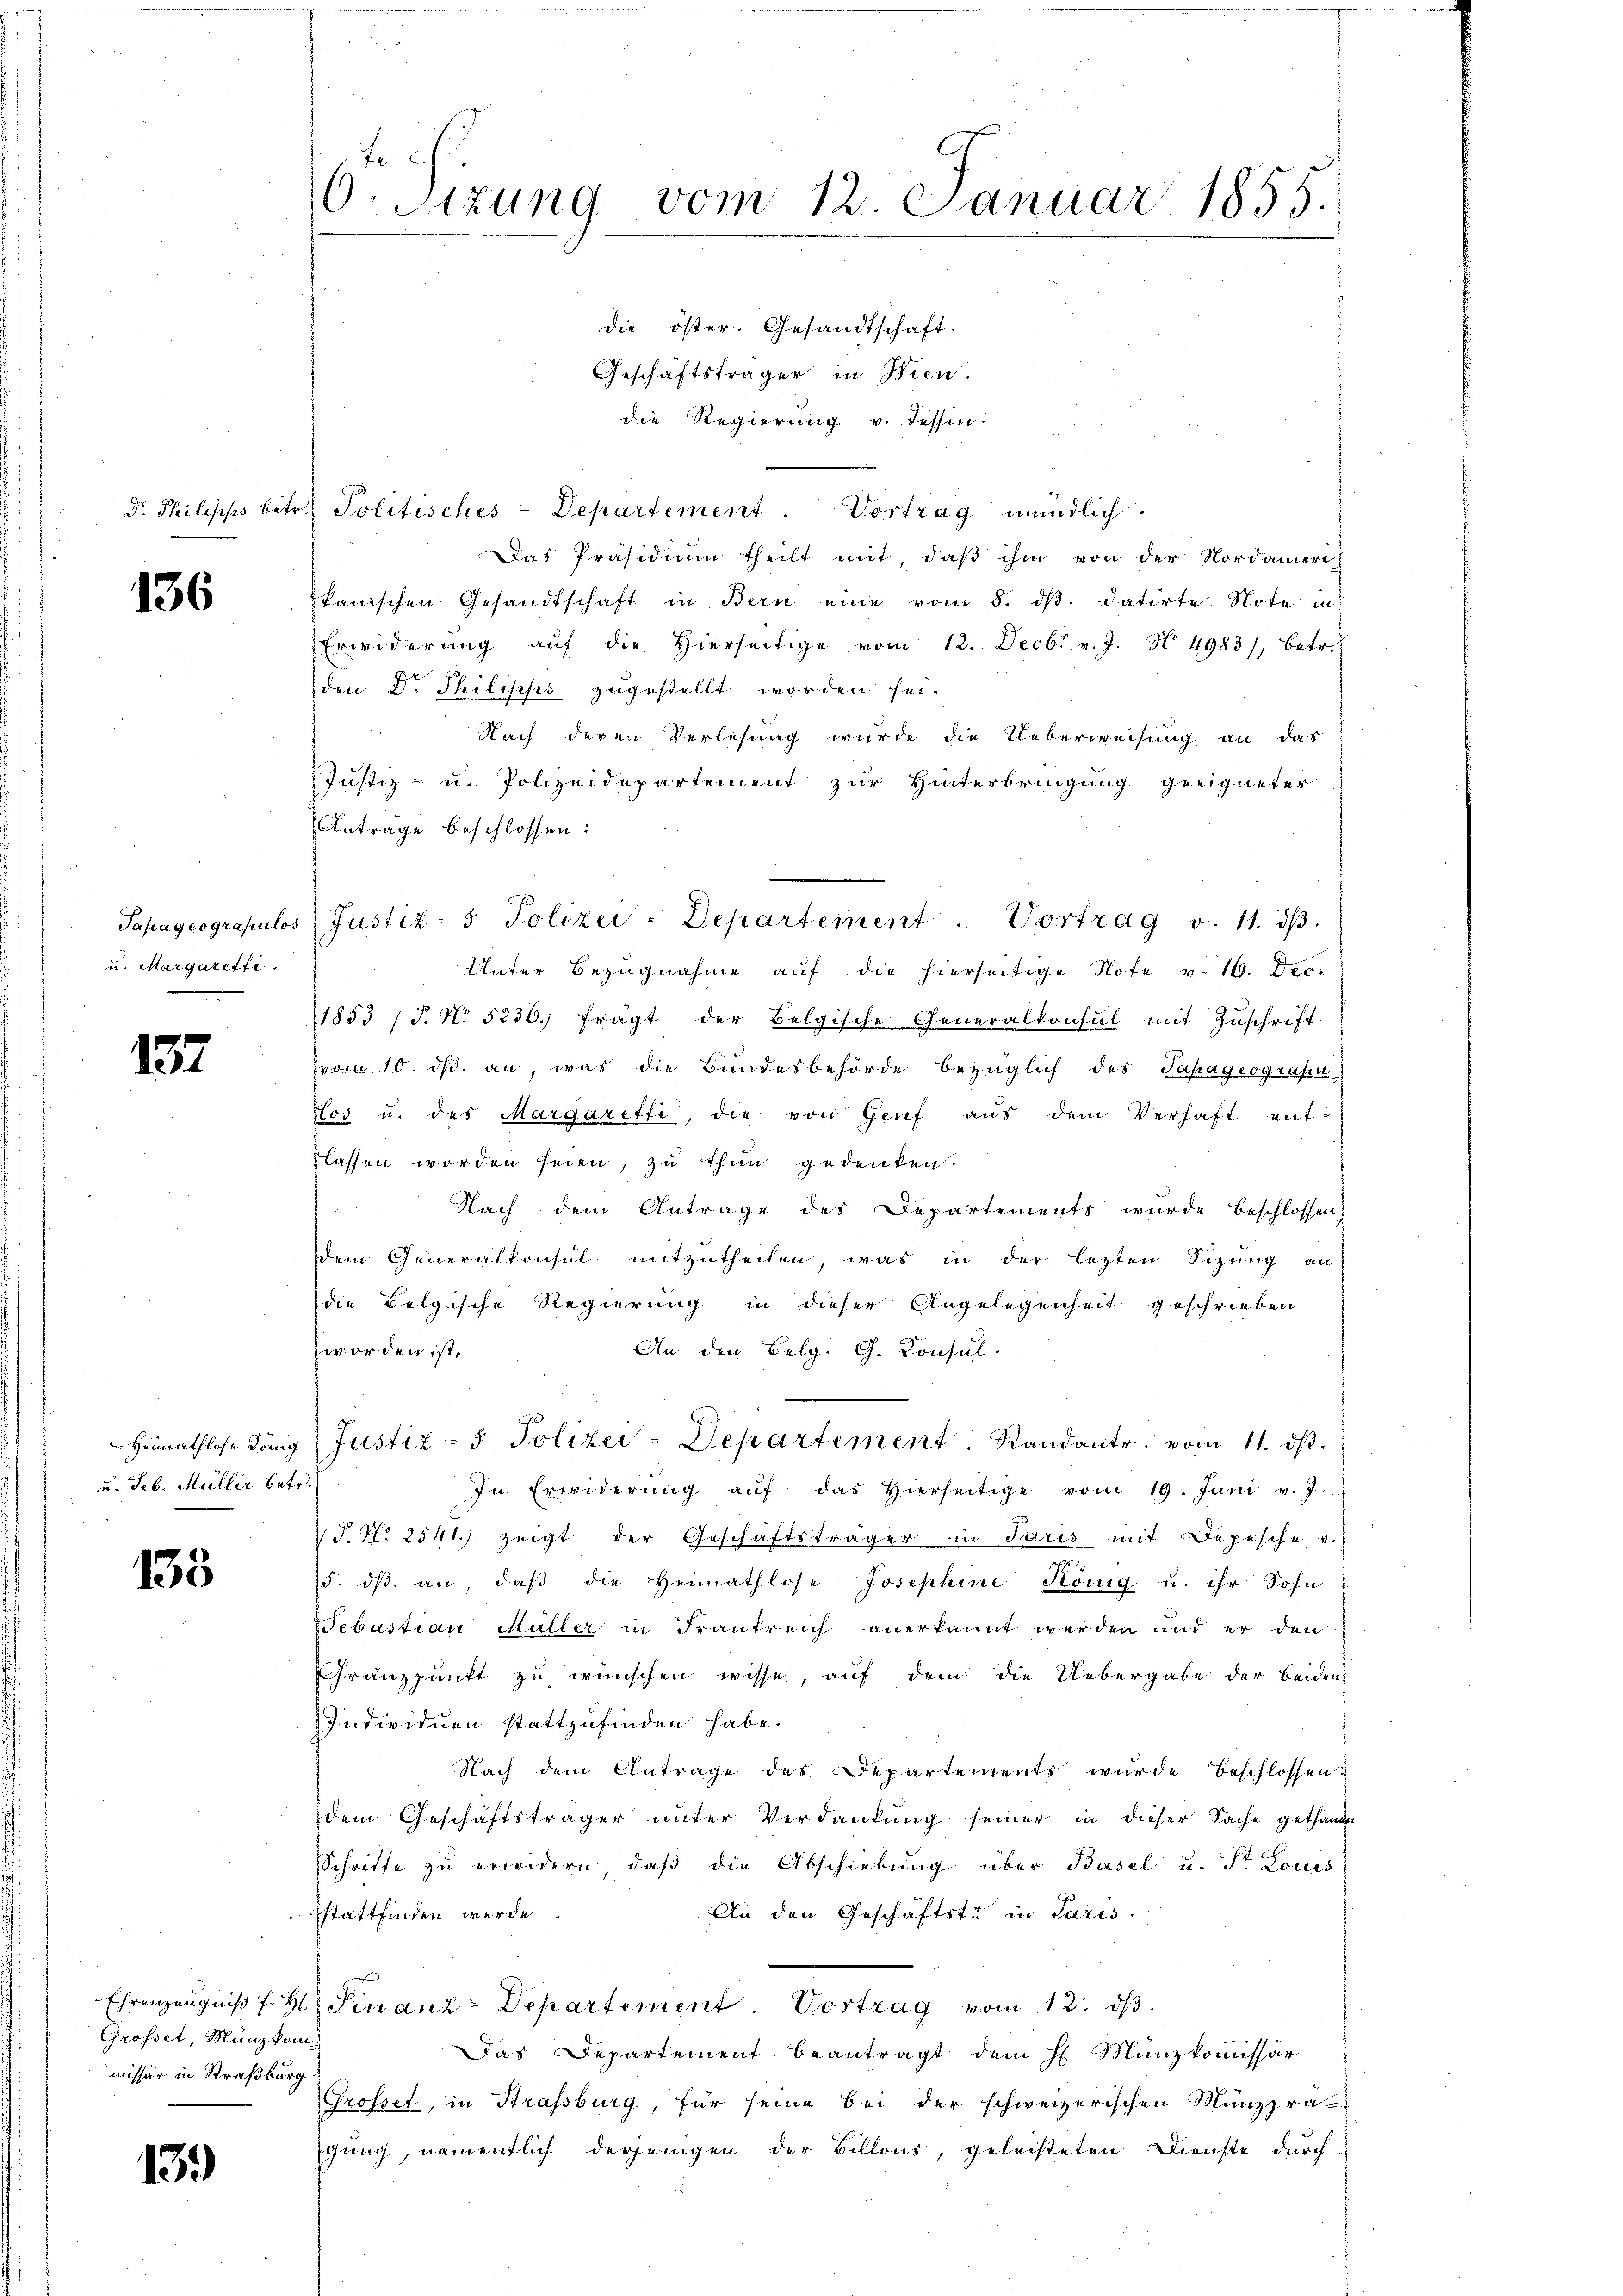
Dr. Philisips betr.

136

u. Margaretti.

137

u. Feb. Müller betr.

135

Grosset, Münzkommissär in Straßburg

139

F
O.Sizung vom 12. Januar 1855.
die öster. Gesandtschaft.
Geschäftsträger in Wien.
die Regierung v. Tessin.

Das Präsidium theilt mit, daß ihm von der Nordameri
kanischen Gesandtschaft in Bern eine vom 8. dβ. datirte Note in
Erwiderŭng aŭf die hierseitige vom 12. Decbr. v. J. No 4983), betr.
den Dr Philisiko zugestellt worden sei.
Nach deren Verlesung wurde die Ueberweisung an das
Justiz- u. Polizeidepartement zur Hinterbringung geeigneter
Anträge beschlossen:
Unter Bezugnahme auf die hierseitige Note v. 16. Dec.
1853 (T. N. 5236. frägt der Belgische Generalkonsul mit Zuschrift
(vom 10. ds. an, was die Bundesbehörde bezüglich des Papageograsn
tos u. des Margaretti, die von Genf aŭs dem Verhaft ent-
flassen worden seien, zu thun gedenken.
Nach dem Antrage des Departements wurde beschlossen
Dem Generalkonsul mitzutheilen, was in der lezten Sizung an
die Belgische Regierung in dieser Angelegenheit geschrieben
zworden ist.
An den Belg. G. Konsul
Heimathlose König. Justiz- & Polizei - Departement. Randants. vom 11. dβ.
In Erwiderŭng aŭf das hierseitige vom 19. Juni v. J.
S. N. 2541) zeigt der Geschäftsträger in Paris mit Depesche v.
d. dβ an, daβ die Heimathlose Josephine König u. ihr Sohn
Sebastian Müller in Frankreich anerkannt werden und er den
Granzpunkt zu wünschen wisse, auf dem die Uebergabe der beiden
Individuen stattzufinden habe.
Nach dem Antrage des Departements wurde beschlossen?
dem Geschäftsträger unter Verdankung seiner in dieser Sache gethanden
Schritte zu erwidern, daβ die Abschiebung über Basel u. St. Louis
An den Geschäftste in Paris.
stattfinden werde
Ehrenzeugniß f. H. Finanz-Departement. Vortrag vom 12. ds.
Das Departement beantragt dem H. Münzkommissär
Grosset, in Strassburg, für seine bei der schweizerischen Münzprä-
gung, namentlich derjenigen der Billons, geleisteten Dienste durch

Politisches-Departement. Vortrag mündlich.

Papageograpulos Justiz- & Polizei-Departement . Vortrag v. 11. dβ.